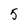
Character: 5